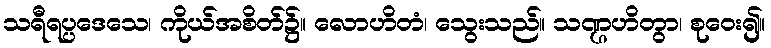
သရီရပ္ပဒေသေ၊ ကိုယ်အစိတ်၌။ လောဟိတံ၊ သွေးသည်။ သဏ္ဌဟိတွာ၊ စုဝေး၍။